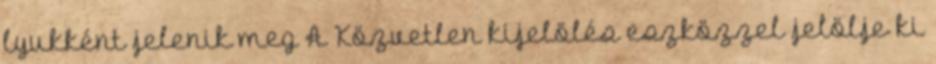
lyukként jelenik meg A Közvetlen kijelölés eszközzel jelölje ki